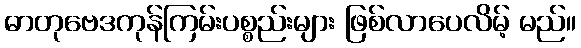
ဓာတုဗေဒကုန်ကြမ်းပစ္စည်းများ ဖြစ်လာပေလိမ့် မည်။